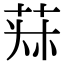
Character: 𦯂